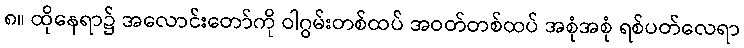
၈။ ထိုနေရာ၌ အလောင်းတော်ကို ဝါဂွမ်းတစ်ထပ် အဝတ်တစ်ထပ် အစုံအစုံ ရစ်ပတ်လေရာ